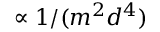
\propto 1 / ( m ^ { 2 } d ^ { 4 } )